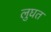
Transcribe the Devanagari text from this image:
लुघत